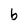
Character: b